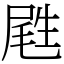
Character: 𡲥